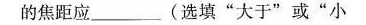
的焦距应________(选填”大于”或”小